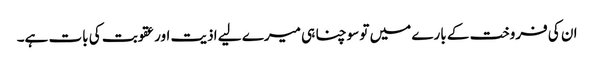
ان کی فروخت کے بارے میں تو سوچنا ہی میرے لیے اذیت اور عقوبت کی بات ہے۔